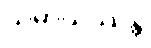
သမ္ပာယိဿန္တိ